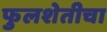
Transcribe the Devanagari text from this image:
फुलशेतीचा